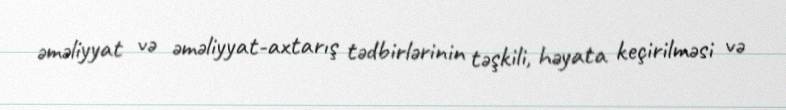
əməliyyat və əməliyyat-axtarış tədbirlərinin təşkili, həyata keçirilməsi və